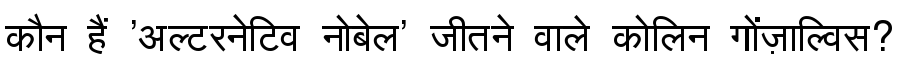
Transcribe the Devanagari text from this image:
कौन हैं 'अल्टरनेटिव नोबेल' जीतने वाले कोलिन गोंज़ाल्विस?